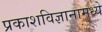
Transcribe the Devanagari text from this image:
प्रकाशविज्ञानामध्ये